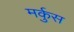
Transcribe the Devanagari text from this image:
मर्कुस